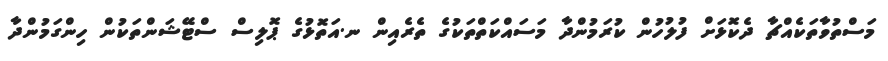
މަސްތުވާތަކެއްޗާ ދެކޮޅަށް ފުލުހުން ކުރަމުންދާ މަސައްކަތްތަކުގެ ތެރެއިން ނ.އަތޮޅުގެ ޕޮލިސް ސްޓޭޝަންތަކުން ހިންގަމުންދާ